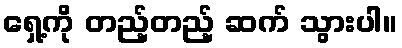
ရှေ့ကို တည့်တည့် ဆက် သွားပါ။